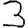
Digit: 3